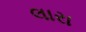
લારા